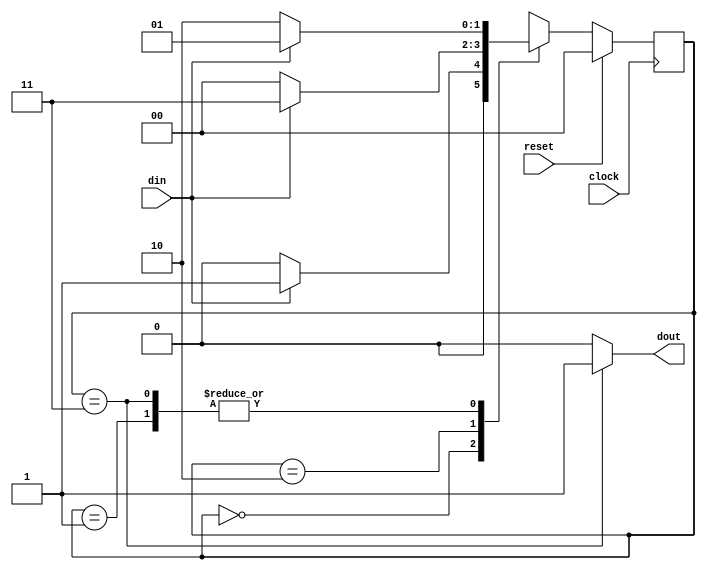
//Implementation of a Sequence detector 

module seq_det(din,
               clock,
               reset,
               dout);
  
//Binary encoded state parameters
  parameter   IDLE   = 2'b0,
              STATE1 = 2'b01,
              STATE2 = 2'b10,
              STATE3 = 2'b11;     

  input  din, clock, reset;
  output dout;

        
  reg [1:0] present_state,
            next_state;

// sequential logic for present state
  always@(posedge clock)
  begin
   if (reset)
     present_state <= IDLE;
   else
     present_state <= next_state;  
  end


// combinational logic for next state
  always@(present_state,din)
  begin
    case (present_state)
      IDLE   : if (din==1) 
                   next_state=STATE1;
               else
                   next_state=IDLE;
      STATE1 : if (din==0)
                  next_state=STATE2;
               else
                  next_state=STATE1;
      STATE2 : if (din==1)
                   next_state=STATE3;
               else 
                   next_state=IDLE;
      STATE3 : if (din==1)
                   next_state=STATE1;
               else 
                   next_state=STATE2;
      default : next_state=IDLE;
    endcase
  end
  
// Output logic
  assign dout = (present_state == STATE3) ? 1 : 0;

endmodule